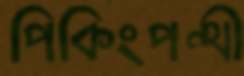
পিকিংপন্থী